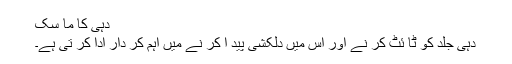
دہی کا ما سک
دہی جلد کو ٹا ئٹ کر نے اور اس میں دلکشی پید ا کر نے میں اہم کر دار ادا کر تی ہے۔